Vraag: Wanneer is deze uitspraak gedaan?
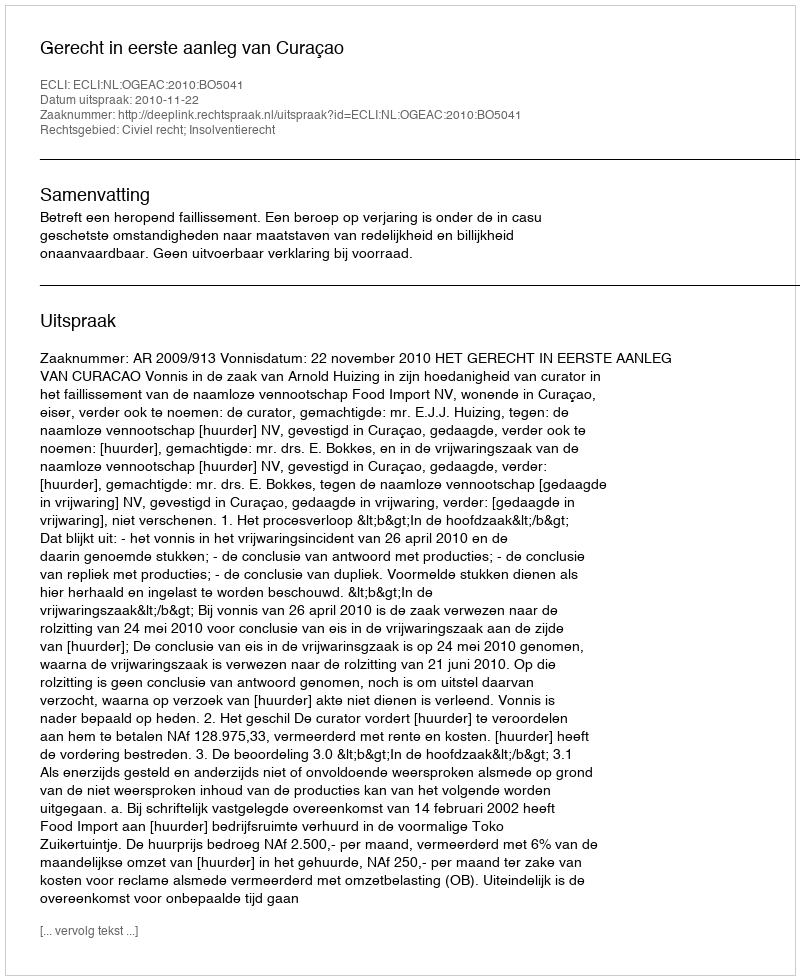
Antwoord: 2010-11-22